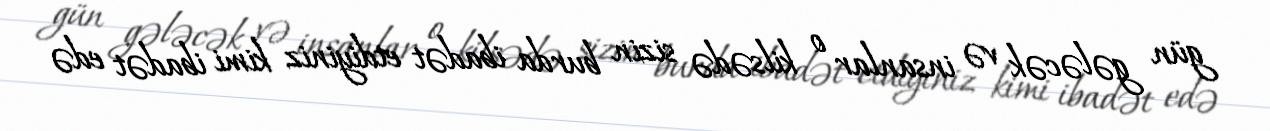
gün gələcək və insanlar o kilsədə sizin burda ibadət etdiyiniz kimi ibadət edə